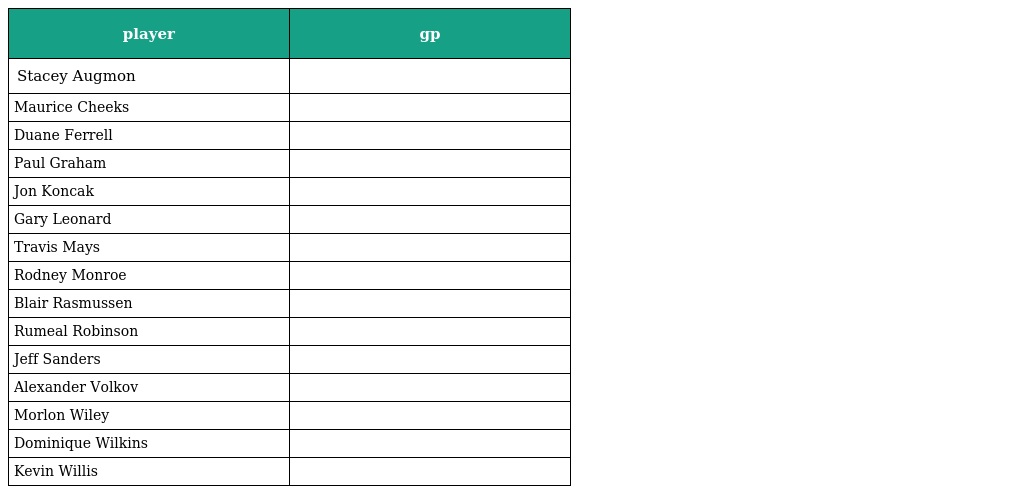
| player | gp |
 | --- | --- |
 | Stacey Augmon |  |
 | Maurice Cheeks |  |
 | Duane Ferrell |  |
 | Paul Graham |  |
 | Jon Koncak |  |
 | Gary Leonard |  |
 | Travis Mays |  |
 | Rodney Monroe |  |
 | Blair Rasmussen |  |
 | Rumeal Robinson |  |
 | Jeff Sanders |  |
 | Alexander Volkov |  |
 | Morlon Wiley |  |
 | Dominique Wilkins |  |
 | Kevin Willis |  |